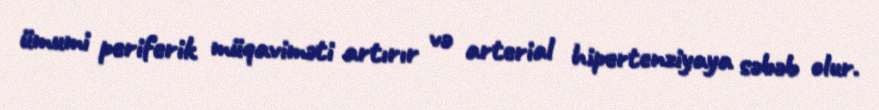
ümumi periferik müqaviməti artırır və arterial hipertenziyaya səbəb olur.